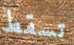
تسقط